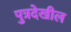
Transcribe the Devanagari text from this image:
पुत्रदेखील